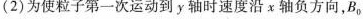
(2)为使粒子第一次运动到y轴时速度沿x轴负方向，B_{0}